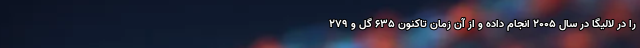
را در لالیگا در سال ۲۰۰۵ انجام داده و از آن زمان تاکنون ۶۳۵ گل و ۲۷۹